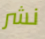
نشر